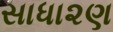
સાધા૨ણ